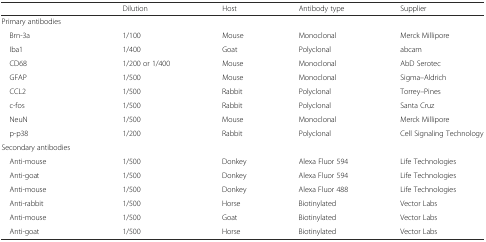
|  | Dilution | Host | Antibody type | Supplier |
 | --- | --- | --- | --- | --- |
 | Primary antibodies |  |  |  |  |
 | Brn-3a | 1/100 | Mouse | Monoclonal | Merck Millipore |
 | Iba1 | 1/400 | Goat | Polyclonal | abcam |
 | CD68 | 1/200 or 1/400 | Mouse | Monoclonal | AbD Serotec |
 | GFAP | 1/500 | Mouse | Monoclonal | Sigma–Aldrich |
 | CCL2 | 1/500 | Rabbit | Polyclonal | Torrey–Pines |
 | c-fos | 1/500 | Rabbit | Polyclonal | Santa Cruz |
 | NeuN | 1/500 | Mouse | Monoclonal | Merck Millipore |
 | p-p38 | 1/200 | Rabbit | Polyclonal | Cell Signaling Technology |
 | Secondary antibodies |  |  |  |  |
 | Anti-mouse | 1/500 | Donkey | Alexa Fluor 594 | Life Technologies |
 | Anti-goat | 1/500 | Donkey | Alexa Fluor 594 | Life Technologies |
 | Anti-mouse | 1/500 | Donkey | Alexa Fluor 488 | Life Technologies |
 | Anti-rabbit | 1/500 | Horse | Biotinylated | Vector Labs |
 | Anti-mouse | 1/500 | Goat | Biotinylated | Vector Labs |
 | Anti-goat | 1/500 | Horse | Biotinylated | Vector Labs |